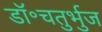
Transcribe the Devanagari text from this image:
डॉ॰चतुर्भुज